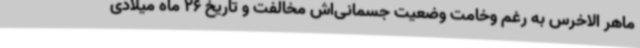
ماهر الاخرس به رغم وخامت وضعیت جسمانی‌اش مخالفت و تاریخ 26 ماه میلادی